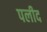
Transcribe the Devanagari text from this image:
पलीद